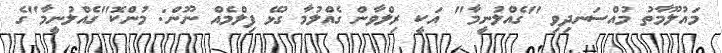
މައުލޫމާތު މުއްސަނދިވި "ގެއްލުނީމާ" އަކީ ރިލްވާން ގެއްލުމާ ގުޅޭ ފިލްމެއް ނޫން: މުންކޮ"ގެއްލުނީމާ"ގެ